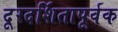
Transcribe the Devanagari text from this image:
दूरदर्शितापूर्वक